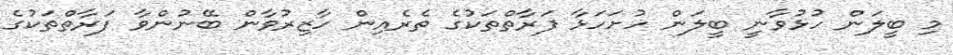
މި ބީލަން ހުޅުވާނީ ބީލަން ހުށަހަޅާ ފަރާތްތަކުގެ ތެރެއިން ހާޒިރުވާން ބޭނުންވާ ފަރާތްތަކުގެ